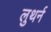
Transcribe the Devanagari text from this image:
लुथर्न